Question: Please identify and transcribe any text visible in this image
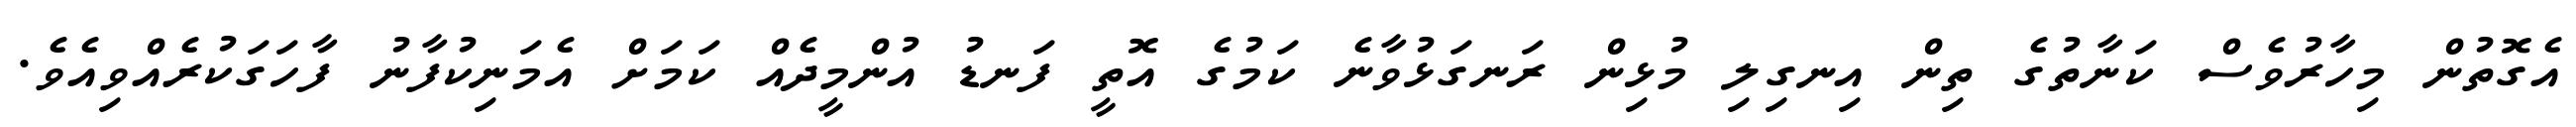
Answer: އެގޮތުން މިހާރުވެސް ކަނާތުގެ ތިން އިނގިލި މުޅިން ރަނގަޅުވާނެ ކަމުގެ އޮތީ ފަނޑު އުންމީދެއް ކަމަށް އެމަނިކުފާނު ފާހަގަކުރެއްވިއެވެ.